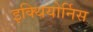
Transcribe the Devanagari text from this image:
इक्थियोर्निस